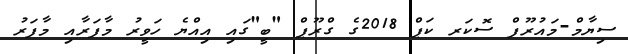
ސިޔާމް-މައުރޫފް ސޮކަރ ކަޕް 2018ގެ ގްރޫޕް "ބީ"ގައި އިއްޔެ ހަވީރު މާފަރާއި މާފަރު